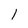
Character: 1